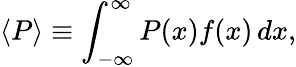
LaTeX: \langle P\rangle\equiv\int_{-\infty}^{\infty}P(x)f(x)\, dx,